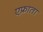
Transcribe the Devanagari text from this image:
एफ्राता